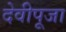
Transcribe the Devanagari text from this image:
देवीपूजा